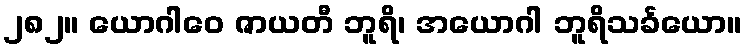
၂၈၂။ ယောဂါဝေ ဇာယတီ ဘူရိ၊ အယောဂါ ဘူရိသင်္ခယော။